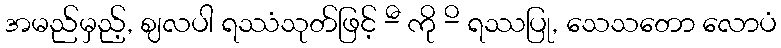
အမည်မှည့်, ဈလပါ ရဿံသုတ်ဖြင့် -ီ ကို -ိ ရဿပြု, သေသတော လောပံ